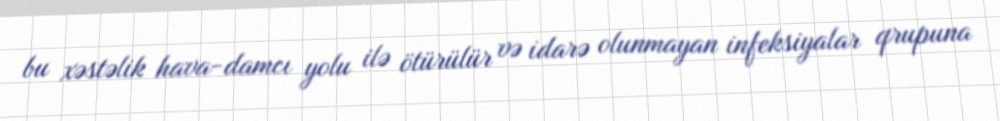
bu xəstəlik hava-damcı yolu ilə ötürülür və idarə olunmayan infeksiyalar qrupuna